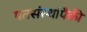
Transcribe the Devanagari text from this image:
पतसंस्थांपैकी